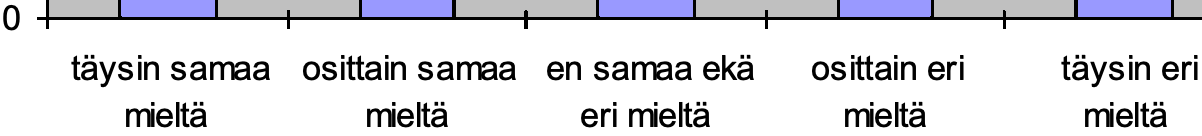
0 täysin samaa osittain samaa en samaa ekä osittain eri täysin eri mieltä  mieltä eri mieltä mieltä mieltä